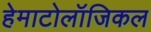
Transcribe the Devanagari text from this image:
हेमाटोलॉजिकल